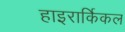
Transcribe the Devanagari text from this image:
हाइरार्किकल